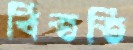
বিততি